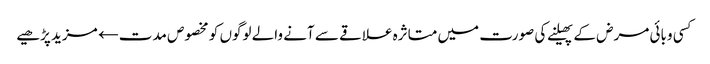
کسی وبائی مرض کے پھیلنے کی صورت میں متاثرہ علاقے سے آنے والے لوگوں کو مخصوص مدت← مزید پڑھیے